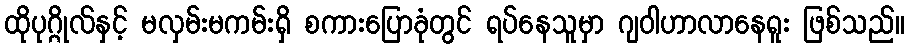
ထိုပုဂ္ဂိုလ်နှင့် မလှမ်းမကမ်းရှိ စကားပြောခုံတွင် ရပ်နေသူမှာ ဂျဝါဟာလာနေရူး ဖြစ်သည်။